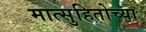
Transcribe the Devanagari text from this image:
मात्सुहितोच्या